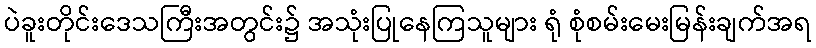
ပဲခူးတိုင်းဒေသကြီးအတွင်း၌ အသုံးပြုနေကြသူများ ရုံ စုံစမ်းမေးမြန်းချက်အရ